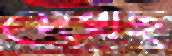
দেখছ